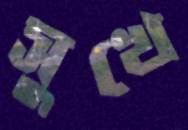
সুখে